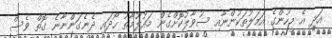
އަދި އެ މީހުންގެ އަމަލުތަކުންނާއި ސުވާލުކޮށްގެން މައުލޫމާތު ހޯދައި ދެނެގަންނާނެ ގޮތް ވެސް